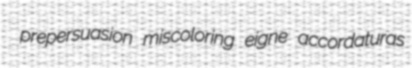
prepersuasion miscoloring eigne accordaturas